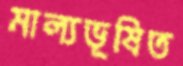
মাল্যভূষিত